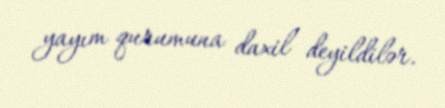
yayım qurumuna daxil deyildilər.